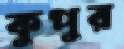
কুপুর